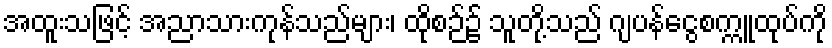
အထူးသဖြင့် အညာသားကုန်သည်များ၊ ထိုစဉ်၌ သူတို့သည် ဂျပန်ငွေစက္ကူထုပ်ကို